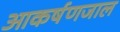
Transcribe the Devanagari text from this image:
आकर्षणजाल